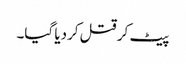
پیٹ کر قتل کردیا گیا۔